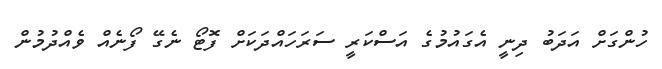
ހުންގަށް އަދަބު ދިނީ އެގައުމުގެ އަސްކަރީ ސަރަހައްދަކަށް ފޮޓޯ ނެގޭ ފޯނެއް ވެއްދުމުން